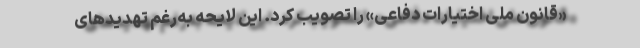
«قانون ملی اختیارات دفاعی» را تصویب کرد. این لایحه به‌رغم تهدیدهای